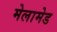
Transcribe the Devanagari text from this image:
मेलामेड